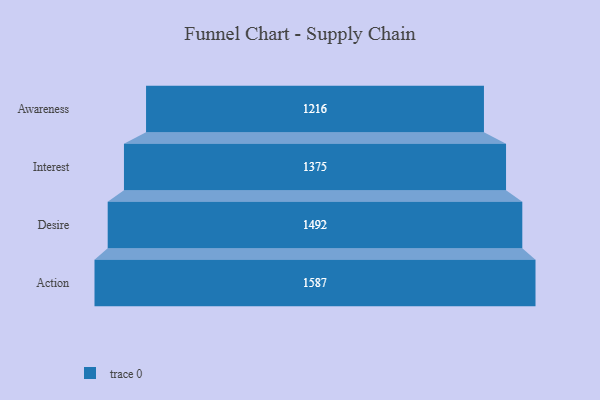
{"axis": {"x": "Stage", "y": "Value"}, "legend": [""], "data": [{"x": "Awareness", "y": 1216.0, "type": ""}, {"x": "Interest", "y": 1375.0, "type": ""}, {"x": "Desire", "y": 1492.0, "type": ""}, {"x": "Action", "y": 1587.0, "type": ""}]}